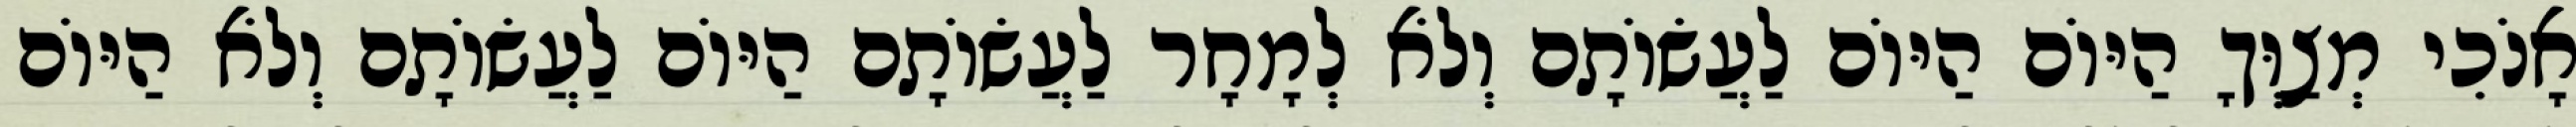
אָנֹכִי מְצַוְּךָ הַיּוֹם הַיּוֹם לַעֲשׂוֹתָם וְלֹא לְמָחָר לַעֲשׂוֹתָם הַיּוֹם לַעֲשׂוֹתָם וְלֹא הַיּוֹם